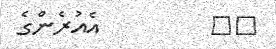
٢٩         އެއުރެންގެ